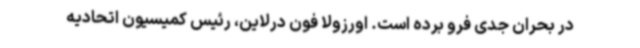
در بحران جدی فرو برده است. اورزولا فون درلاین، رئیس کمیسیون اتحادیه